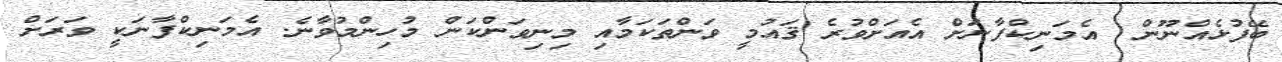
ބޭފުޅެއްނޫން  އެމަނިކްފާނަށް އެއަށްވުރެ ޤައުމީ ވަންތަކަމާއި މިނިވަންކަން މުހިންމުވާނެ. އެމަނިކްފާނަކީ ވަރަށް